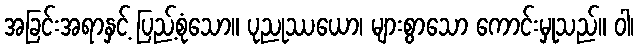
အခြင်းအရာနှင့် ပြည့်စုံသော။ ပုညုဿယော၊ များစွာသော ကောင်းမှုသည်။ ဝါ၊